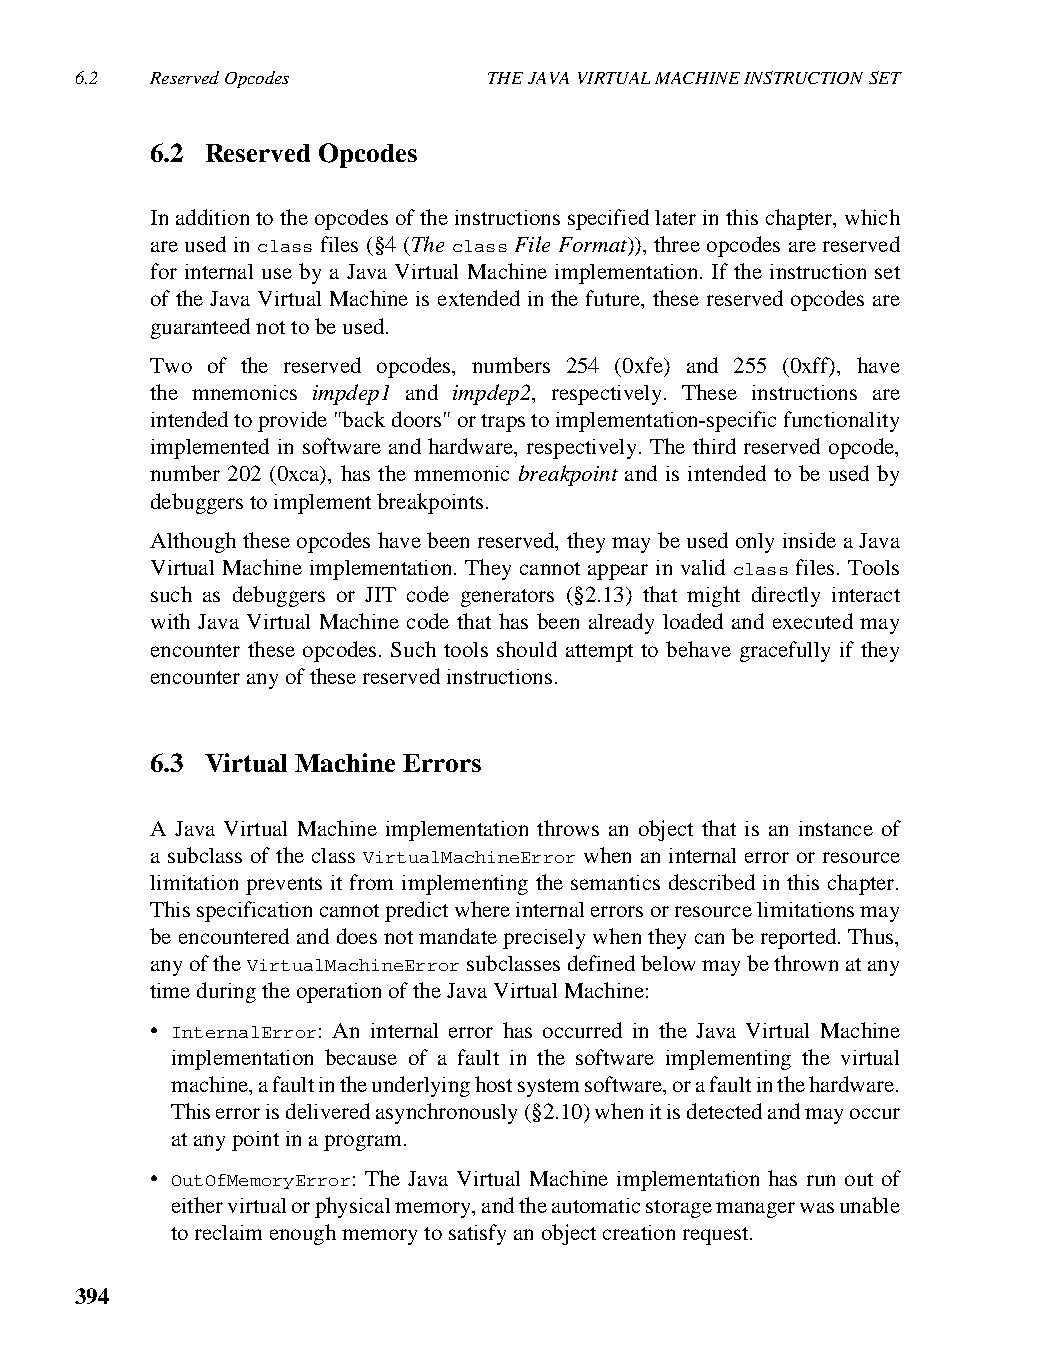
6.2  Reserved Opcodes      THE JAVA VIRTUAL MACHINE INSTRUCTION SET
 6.2 Reserved Opcodes
 In addition to the opcodes of the instructions specified later in this chapter, which
 are used in class files (§4 (The class File Format)), three opcodes are reserved
 for internal use by a Java Virtual Machine implementation. If the instruction set
 of the Java Virtual Machine is extended in the future, these reserved opcodes are
 guaranteed not to be used.
 Two of the reserved opcodes, numbers 254 (0xfe) and 255 (0xff), have
 the mnemonics impdep1 and impdep2, respectively. These instructions are
 intended to provide "back doors" or traps to implementation-specific functionality
 implemented in software and hardware, respectively. The third reserved opcode,
 number 202 (0xca), has the mnemonic breakpoint and is intended to be used by
 debuggers to implement breakpoints.
 Although these opcodes have been reserved, they may be used only inside a Java
 Virtual Machine implementation. They cannot appear in valid class files. Tools
 such as debuggers or JIT code generators (§2.13) that might directly interact
 with Java Virtual Machine code that has been already loaded and executed may
 encounter these opcodes. Such tools should attempt to behave gracefully if they
 encounter any of these reserved instructions.
 6.3 Virtual Machine Errors
 A Java Virtual Machine implementation throws an object that is an instance of
 a subclass of the class VirtualMachineError when an internal error or resource
 limitation prevents it from implementing the semantics described in this chapter.
 This specification cannot predict where internal errors or resource limitations may
 be encountered and does not mandate precisely when they can be reported. Thus,
 any of the VirtualMachineError subclasses defined below may be thrown at any
 time during the operation of the Java Virtual Machine:
 • InternalError: An internal error has occurred in the Java Virtual Machine
 implementation because of a fault in the software implementing the virtual
 machine, a fault in the underlying host system software, or a fault in the hardware.
 This error is delivered asynchronously (§2.10) when it is detected and may occur
 at any point in a program.
 • OutOfMemoryError: The Java Virtual Machine implementation has run out of
 either virtual or physical memory, and the automatic storage manager was unable
 to reclaim enough memory to satisfy an object creation request.
 394